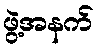
ဖွဲ့အနက်